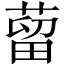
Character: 蒥